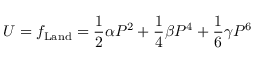
U = f _ { \mathrm { L a n d } } = \frac { 1 } { 2 } \alpha P ^ { 2 } + \frac { 1 } { 4 } \beta P ^ { 4 } + \frac { 1 } { 6 } \gamma P ^ { 6 }